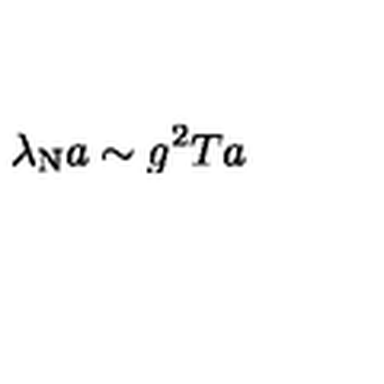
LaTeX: \lambda _ { \mathrm { N } } a \sim g ^ { 2 } T a